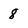
Character: 8